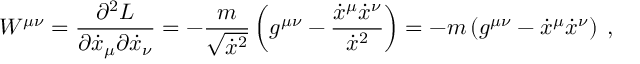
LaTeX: W ^ { \mu \nu } = \frac { \partial ^ { 2 } L } { \partial \dot { x } _ { \mu } \partial \dot { x } _ { \nu } } = - \frac { m } { \sqrt { \dot { x } ^ { 2 } } } \left( g ^ { \mu \nu } - \frac { \dot { x } ^ { \mu } \dot { x } ^ { \nu } } { \dot { x } ^ { 2 } } \right) = - m \left( g ^ { \mu \nu } - \dot { x } ^ { \mu } \dot { x } ^ { \nu } \right) \; ,